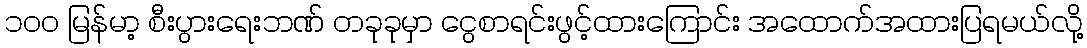
၁၀၀ မြန်မာ့ စီးပွားရေးဘဏ် တခုခုမှာ ငွေစာရင်းဖွင့်ထားကြောင်း အထောက်အထားပြရမယ်လို့